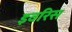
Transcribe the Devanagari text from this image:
इवरिस